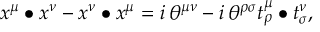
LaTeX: x ^ { \mu } \bullet x ^ { \nu } - x ^ { \nu } \bullet x ^ { \mu } = i \, \theta ^ { \mu \nu } - i \, \theta ^ { \rho \sigma } t _ { \rho } ^ { \mu } \bullet t _ { \sigma } ^ { \nu } ,